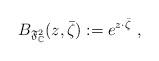
LaTeX: \begin{align*}B_{\mathfrak{F}^2_\mathbb{C}}(z,\bar \zeta):=e^{z\cdot \bar \zeta} \ ,\end{align*}